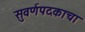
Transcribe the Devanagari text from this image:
सुवर्णपदकाचा